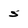
Character: 5